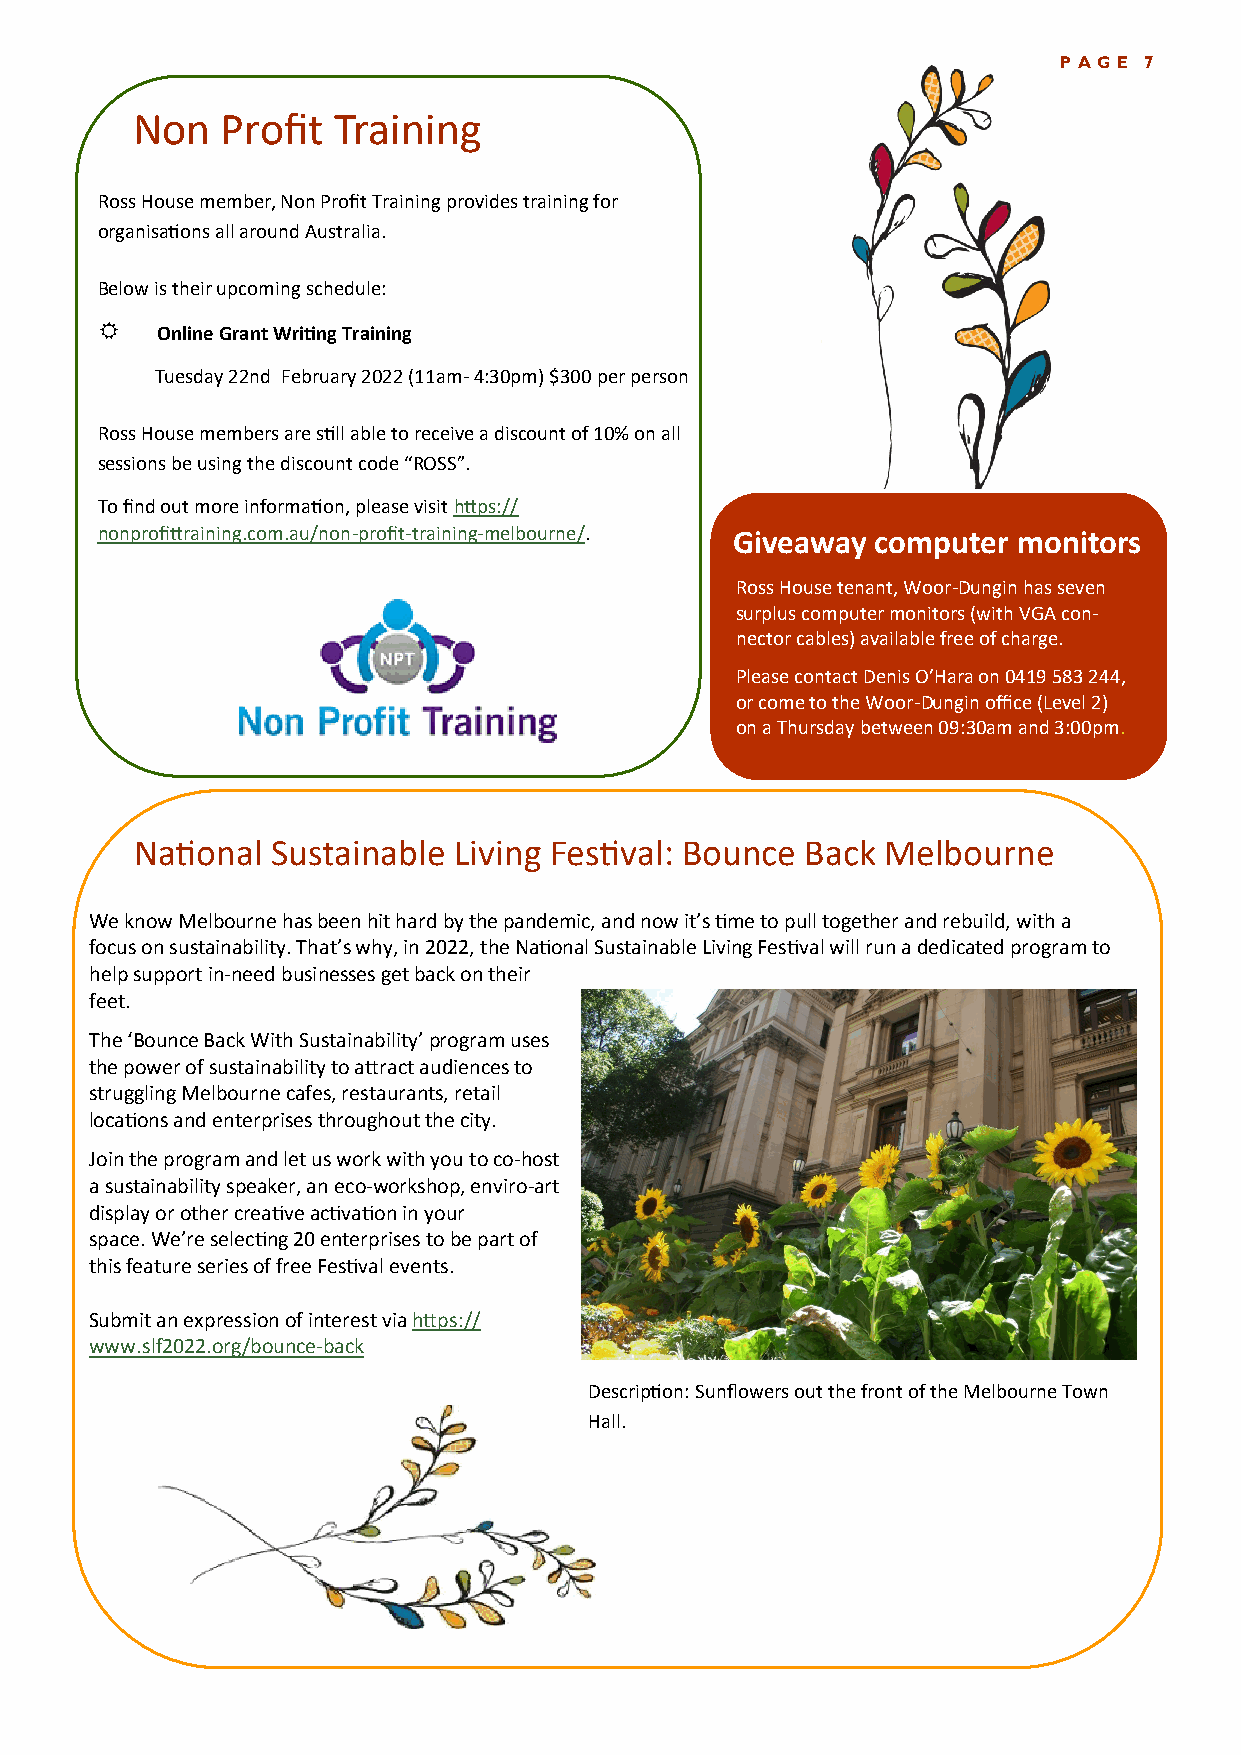
PAGE  7
 Non   Profit Training
 Ross House member, Non Profit Training provides training for
 organisations all around Australia.
 Below is their upcoming schedule:
    Online Grant Writing Training
 Tuesday 22nd February 2022 (11am- 4:30pm) $300 per person
 Ross House members are still able to receive a discount of 10% on all
 sessions be using the discount code “ROSS”.
 To find out more information, please visit https://
 nonprofittraining.com.au/non-profit-training-melbourne/. Giveaway computer monitors
 Ross House tenant, Woor-Dungin has seven
 surplus computer monitors (with VGA con-
 nector cables) available free of charge.
 Please contact Denis O’Hara on 0419 583 244,
 or come to the Woor-Dungin office (Level 2)
 on a Thursday between 09:30am and 3:00pm.
 National Sustainable Living Festival: Bounce Back Melbourne
 We know Melbourne has been hit hard by the pandemic, and now it’s time to pull together and rebuild, with a
 focus on sustainability. That’s why, in 2022, the National Sustainable Living Festival will run a dedicated program to
 help support in-need businesses get back on their
 feet.
 The ‘Bounce Back With Sustainability’ program uses
 the power of sustainability to attract audiences to
 struggling Melbourne cafes, restaurants, retail
 locations and enterprises throughout the city.
 Join the program and let us work with you to co-host
 a sustainability speaker, an eco-workshop, enviro-art
 display or other creative activation in your
 space. We’re selecting 20 enterprises to be part of
 this feature series of free Festival events.
 Submit an expression of interest via https://
 www.slf2022.org/bounce-back
 Description: Sunflowers out the front of the Melbourne Town
 Hall.
 Title